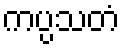
ကပ္ပသတံ